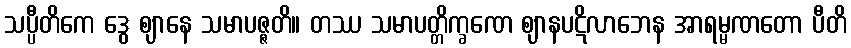
သပ္ပီတိကေ ဒွေ ဈာနေ သမာပဇ္ဇတိ။ တဿ သမာပတ္တိက္ခဏေ ဈာနပဋိလာဘေန အာရမ္မဏတော ပီတိ